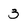
Character: 3